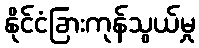
နိုင်ငံခြားကုန်သွယ်မှု